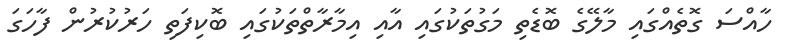
ހާއްސަ ގޮތެއްގައި މާލޭގެ ބޮޑެތި މަގުތަކުގައި އާއި އިމާރާތްތަކުގައި ބޮކިފަތި ހަރުކުރުން ފާހަގަ